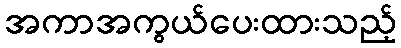
အကာအကွယ်ပေးထားသည့်